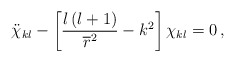
\begin{align*}\ddot{\chi}_{kl}-\left[\frac{l\left(l+1\right)}{\overline r^2}-k^2\right]\chi_{kl}=0\,,\end{align*}